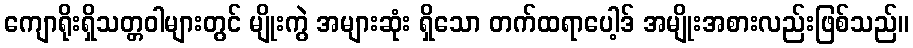
ကျောရိုးရှိသတ္တဝါများတွင် မျိုးကွဲ အများဆုံး ရှိသော တက်ထရာပေါ့ဒ် အမျိုးအစားလည်းဖြစ်သည်။